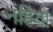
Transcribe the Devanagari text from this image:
नहियो